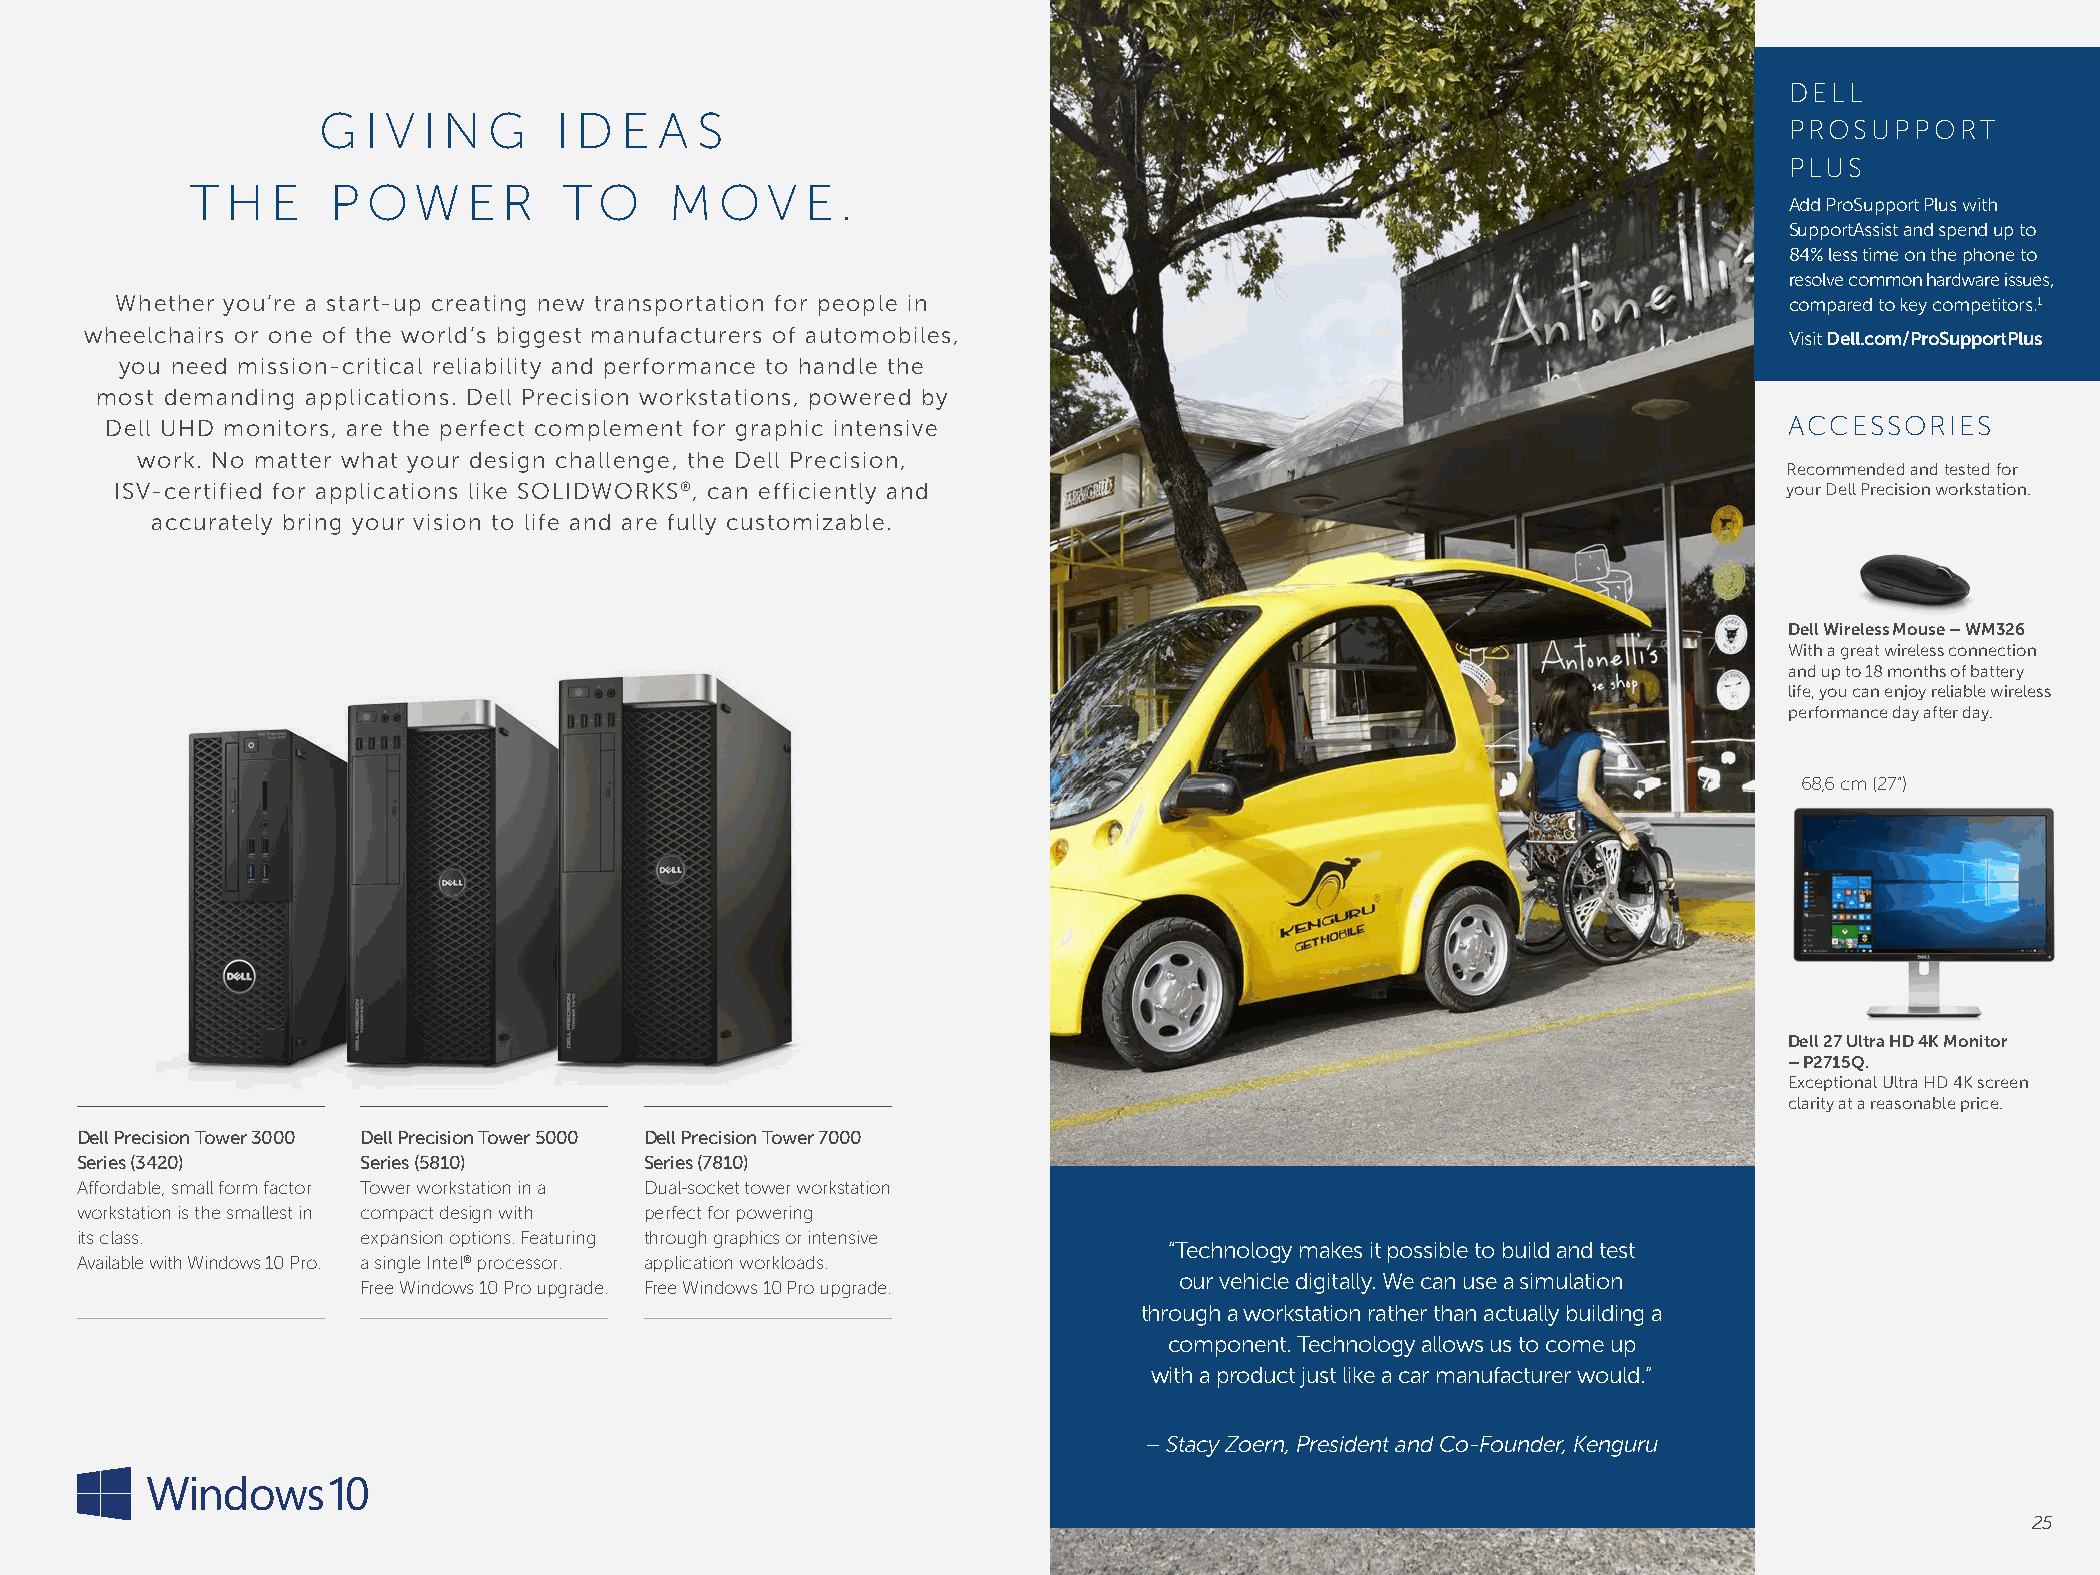
DELL
 G  I V I N G    I D E  A S
 PROSUPPORT
 PLUS
 T H  E   P O   W  E R   TO     M   O  V E  .
 Add ProSupport Plus with
 SupportAssist and spend up to
 84% less time on the phone to
 resolve common hardware issues,
 Whether you’re a start-up creating new transportation for people in                                           compared to key competitors.1
 wheelchairs or one of the world’s biggest manufacturers of automobiles,                                         Visit Dell.com/ProSupportPlus
 you need mission-critical reliability and performance to handle the
 most demanding applications. Dell Precision workstations, powered by
 Dell UHD monitors, are the perfect complement for graphic intensive                                            ACCESSORIES
 work. No matter what your design challenge, the Dell Precision,
 Recommended and tested for
 ISV-certified for applications like SOLIDWORKS®, can efficiently and                                          your Dell Precision workstation.
 accurately bring your vision to life and are fully customizable.
 Dell Wireless Mouse – WM326
 With a great wireless connection
 and up to 18 months of battery
 life, you can enjoy reliable wireless
 performance day after day.
 68,6 cm (27”)
 Dell 27 Ultra HD 4K Monitor
 – P2715Q.
 Exceptional Ultra HD 4K screen
 clarity at a reasonable price.
 Dell Precision Tower 3000 Dell Precision Tower 5000 Dell Precision Tower 7000
 Series (3420)      Series (5810)      Series (7810)
 Affordable, small form factor Tower workstation in a Dual-socket tower workstation
 workstation is the smallest in compact design with perfect for powering
 its class.         expansion options. Featuring through graphics or intensive
 “Technology makes it possible to build and test
 Available with Windows 10 Pro. a single Intel® processor. application workloads.
 our vehicle digitally. We can use a simulation
 Free Windows 10 Pro upgrade. Free Windows 10 Pro upgrade.
 through a workstation rather than actually building a
 component. Technology allows us to come up
 with a product just like a car manufacturer would.”
 – Stacy Zoern, President and Co-Founder, Kenguru
 25